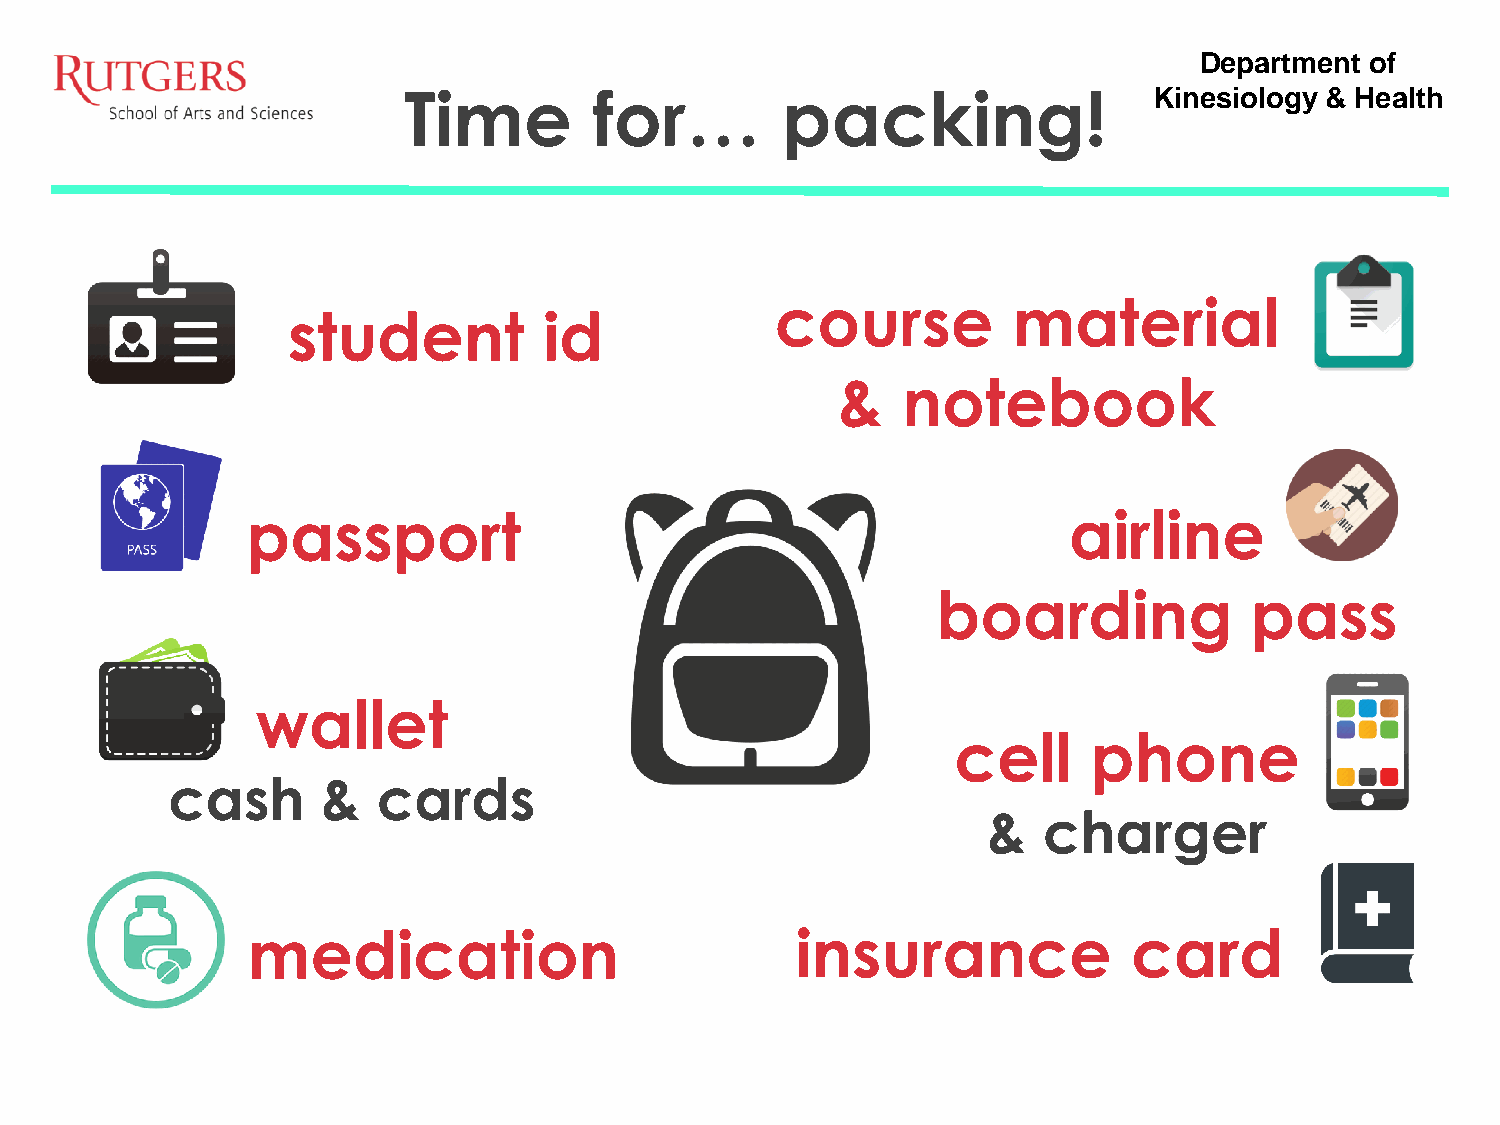
Department  of
 Time        for…         packing!                Kinesiology & Health
 course          material
 student          id
 &    notebook
 passport                                               airline
 boarding             pass
 wallet
 cell     phone
 cash      &   cards
 &   charger
 medication                           insurance             card